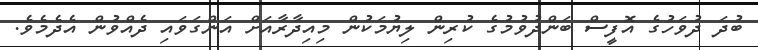
ބުދަ ދުވަހުގެ އޮފީސް ބަންދުވުމުގެ ކުރިން ލިޔުމަކުން މިއިދާރާއަށް އަންގަވައި ދެއްވުން އެދެމެވެ.